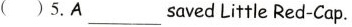
( ) 5. A ___ saved Little Red-Cap.